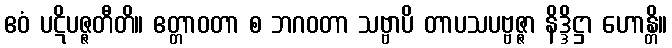
ဧဝံ ပဋိပဇ္ဇတီတိ။ ဧတ္တာဝတာ စ ဘဂဝတာ သဗ္ဗာပိ တာပသပဗ္ဗဇ္ဇာ နိဒ္ဒိဋ္ဌာ ဟောန္တိ။